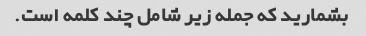
بشمارید که جمله زیر شامل چند کلمه است.